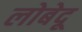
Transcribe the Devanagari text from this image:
लोबेदू